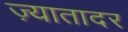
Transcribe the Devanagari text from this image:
ज़्यातादर